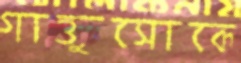
গাত্তুসোকে